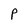
Character: P